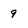
Character: 9